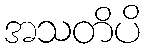
အသတိပိ